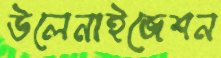
উলেনাইজেশন